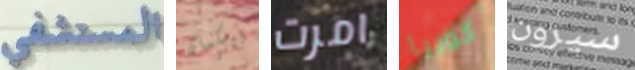
المستشفى بيكمان امرت كوريا سيرون